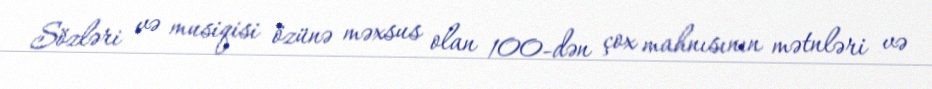
Sözləri və musiqisi özünə məxsus olan 100-dən çox mahnısının mətnləri və